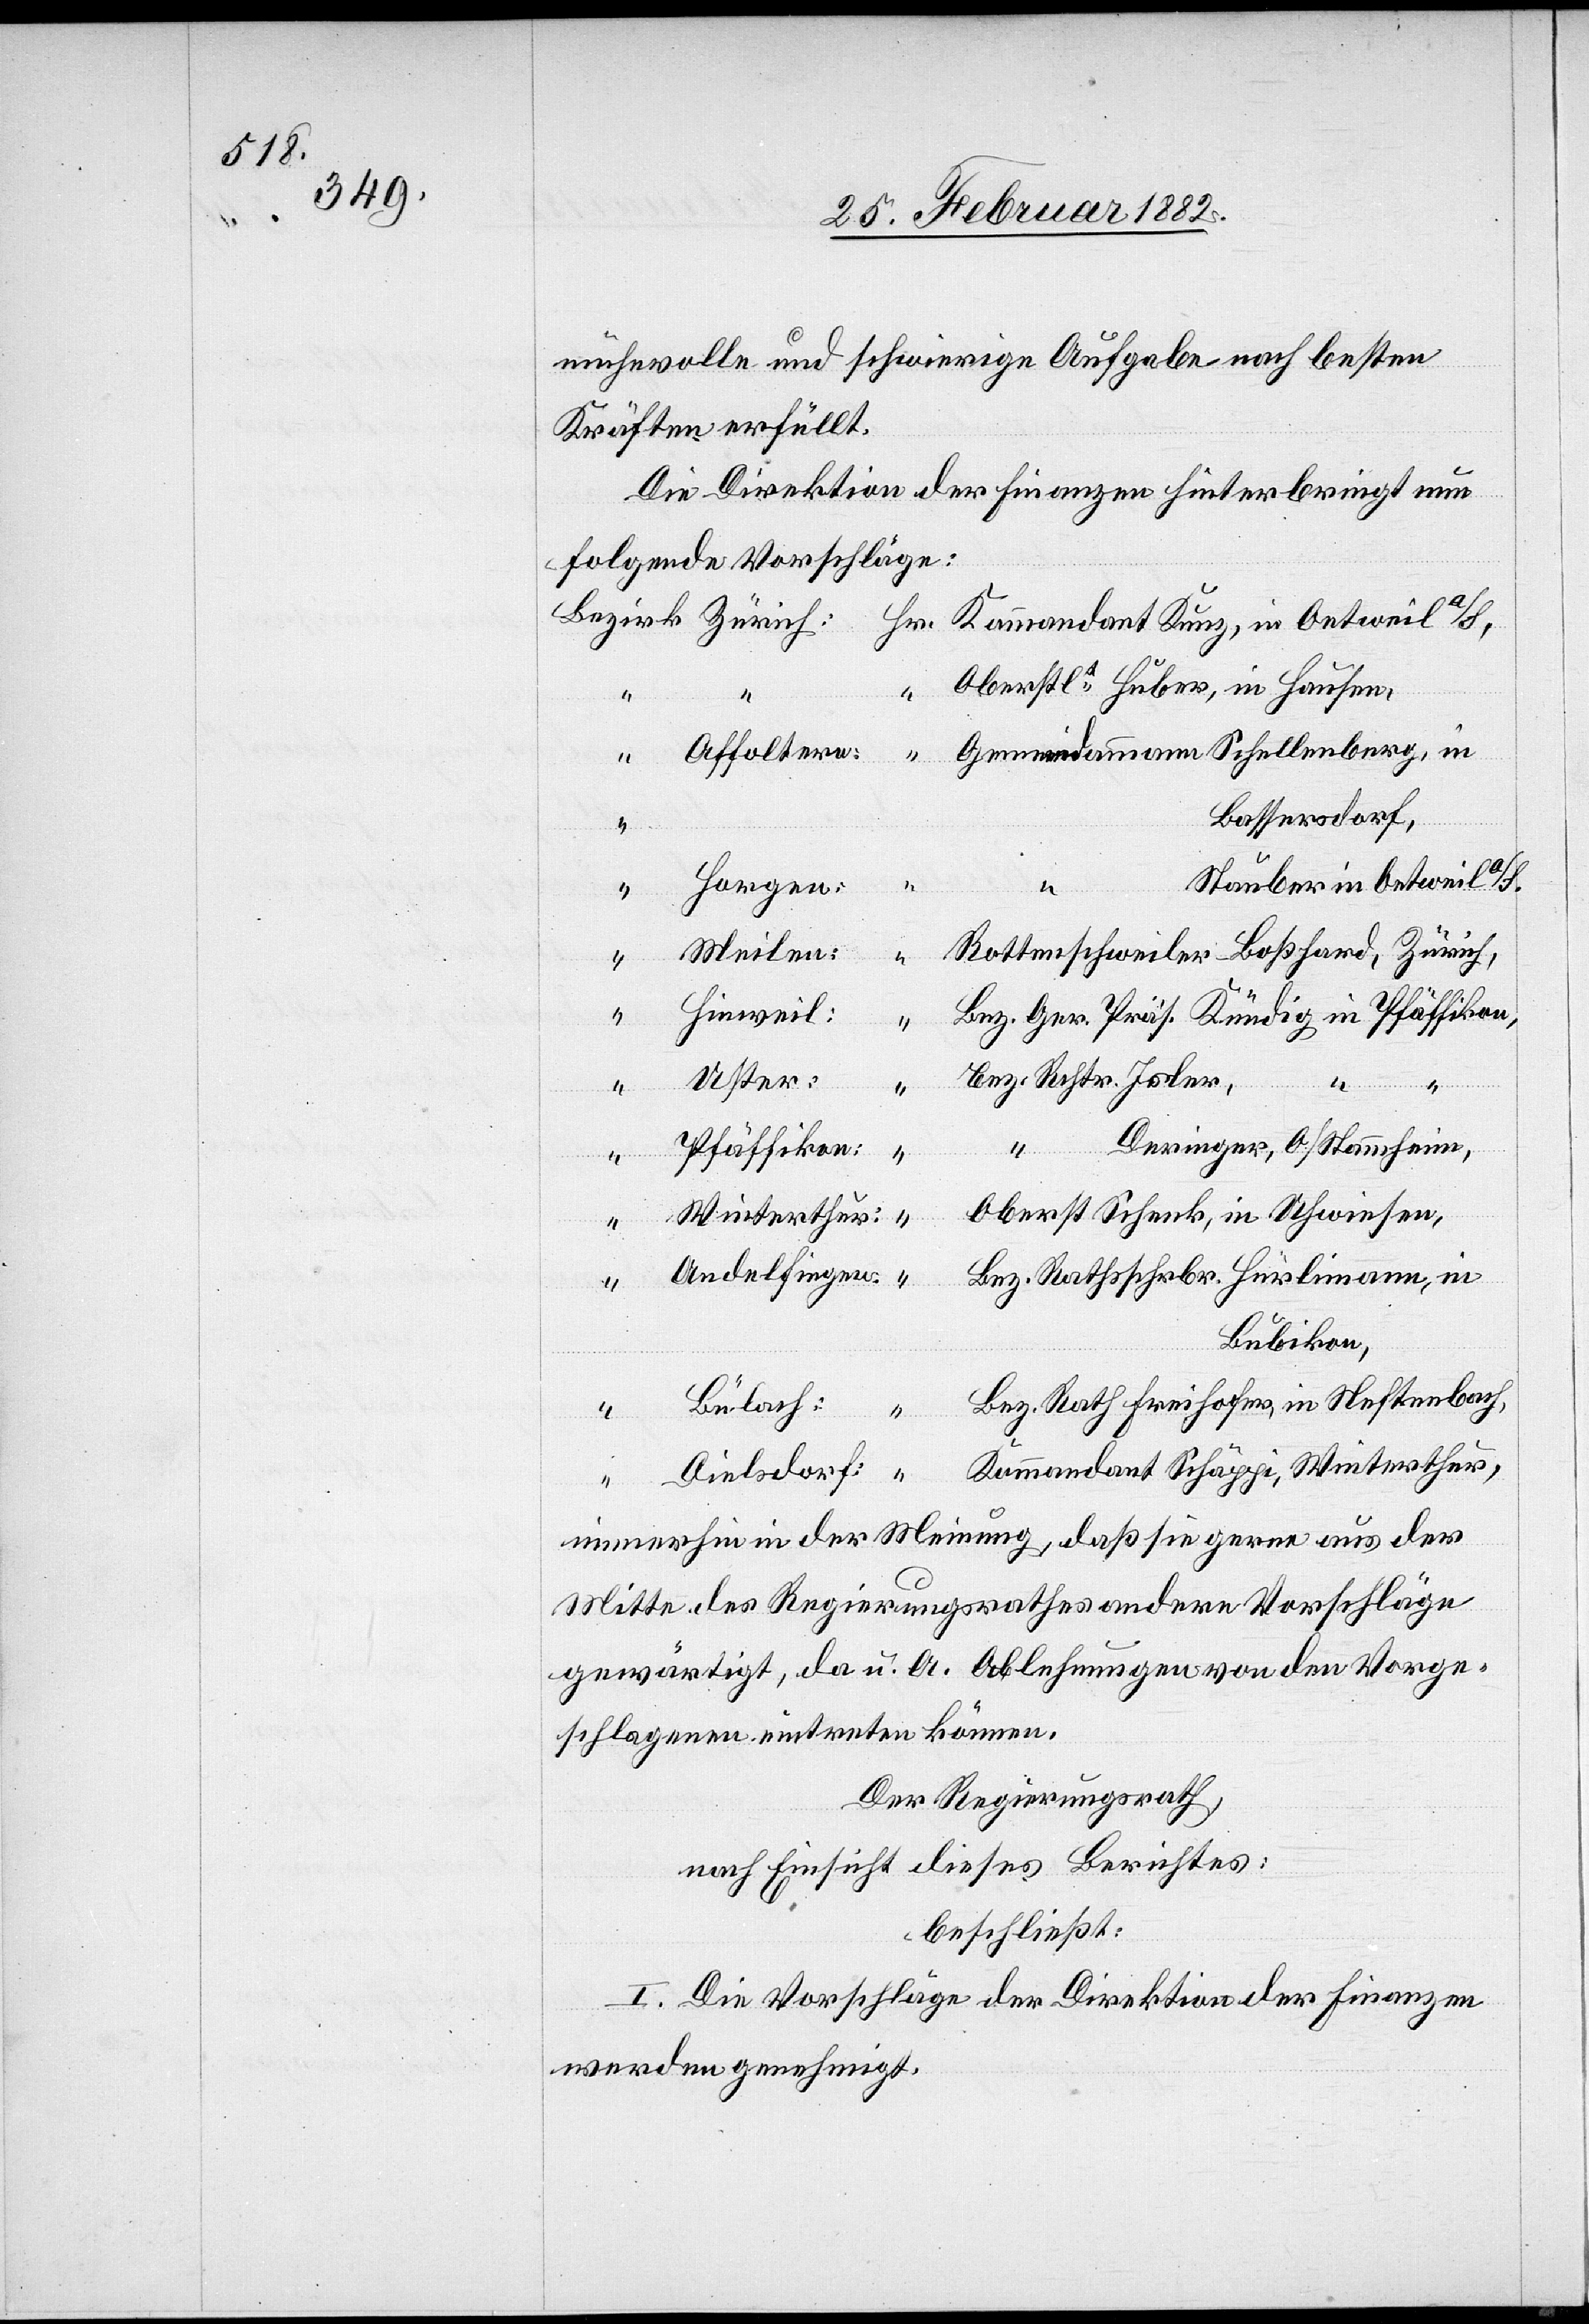
mühevolle und schwierige Aufgabe nach besten
Kräften erfüllt.
Die Direktion der Finanzen hinterbringt nun
folgende Vorschläge:
Oberstlt Huber, in Hausen,
Gemeindeammann Schellenberg, in
Affoltern:
Bassersdorf,
Stauber, in Oetwil a/S.,
Horgen:
“
“
Rottenschweiler-Boßhard, Zürich,
Meilen:
Hinweil:
Bez. Ger. Präs. Kündig in Pfäffikon,
“
Uster:
Bez. Richt. Isler,
Dielsdo¬
Deringer, O/Stammheim,
rf:
Pfäffikon:
“
Oberst Schenk, in Uhwiesen,
Winterthur:
“
Andelfingen:
Bez. Rathsschrbr. Hürlimann, in
Bubikon,
Bez. Rath Freihofer, in Neftenbach,
Bülach:
Kunz, in
Kommandant Schäppi, Winterthur,
immerhin in der Meinung, daß sie gerne aus der
Mitte des Regierungsrathes andere Vorschläge
gewärtigt, da u. A. Ablehnungen von den Vorge¬
schlagenen eintreten können.
Der Regierungsrath,
nach Einsicht dieses Berichtes:
beschließt:
I. Die Vorschläge der Direktion der Finanzen
werden genehmigt.